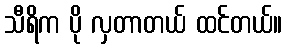
သီရိက ပို လှတာတယ် ထင်တယ်။